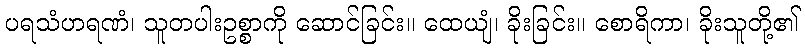
ပရသံဟရဏံ၊ သူတပါးဥစ္စာကို ဆောင်ခြင်း။ ထေယျံ၊ ခိုးခြင်း။ စောရိကာ၊ ခိုးသူတို့၏